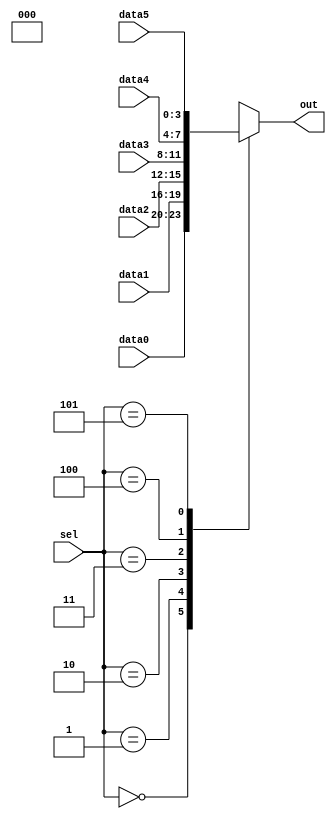
// This program was cloned from: https://github.com/BriceLucifer/DDCA-verilog
// License: MIT License

// synthesis verilog_input_version verilog_2001
module top_module ( 
    input [2:0] sel, 
    input [3:0] data0,
    input [3:0] data1,
    input [3:0] data2,
    input [3:0] data3,
    input [3:0] data4,
    input [3:0] data5,
    output reg [3:0] out   );//

    always@(*) begin  // This is a combinational circuit
        case(sel)
            4'b0000 : out = data0;
            4'b0001 : out = data1;
            4'b0010 : out = data2;
            4'b0011 : out = data3;
            4'b0100 : out = data4;
            4'b0101 : out = data5;
        default:
            out = 4'b000x ;
        endcase
    end

endmodule